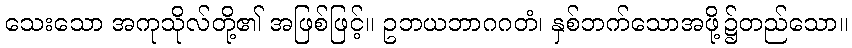
သေးသော အကုသိုလ်တို့၏ အဖြစ်ဖြင့်။ ဥဘယဘာဂဂတံ၊ နှစ်ဘက်သောအဖို့၌တည်သော။